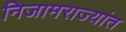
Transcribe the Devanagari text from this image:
निजामराज्यांत